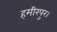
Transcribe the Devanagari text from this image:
हमीरपुर।